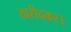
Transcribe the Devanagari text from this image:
खरीदकर।